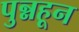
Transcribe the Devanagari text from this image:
पुन्नहून